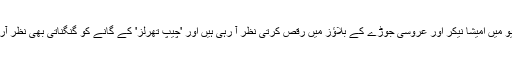
اس ویڈیو میں امیشا نیكر اور عروسی جوڑے کے بلاؤز میں رقص کرتی نظر آ رہی ہیں اور 'چیپ تھرلز' کے گانے کو گنگناتی بھی نظر آرہی ہیں۔